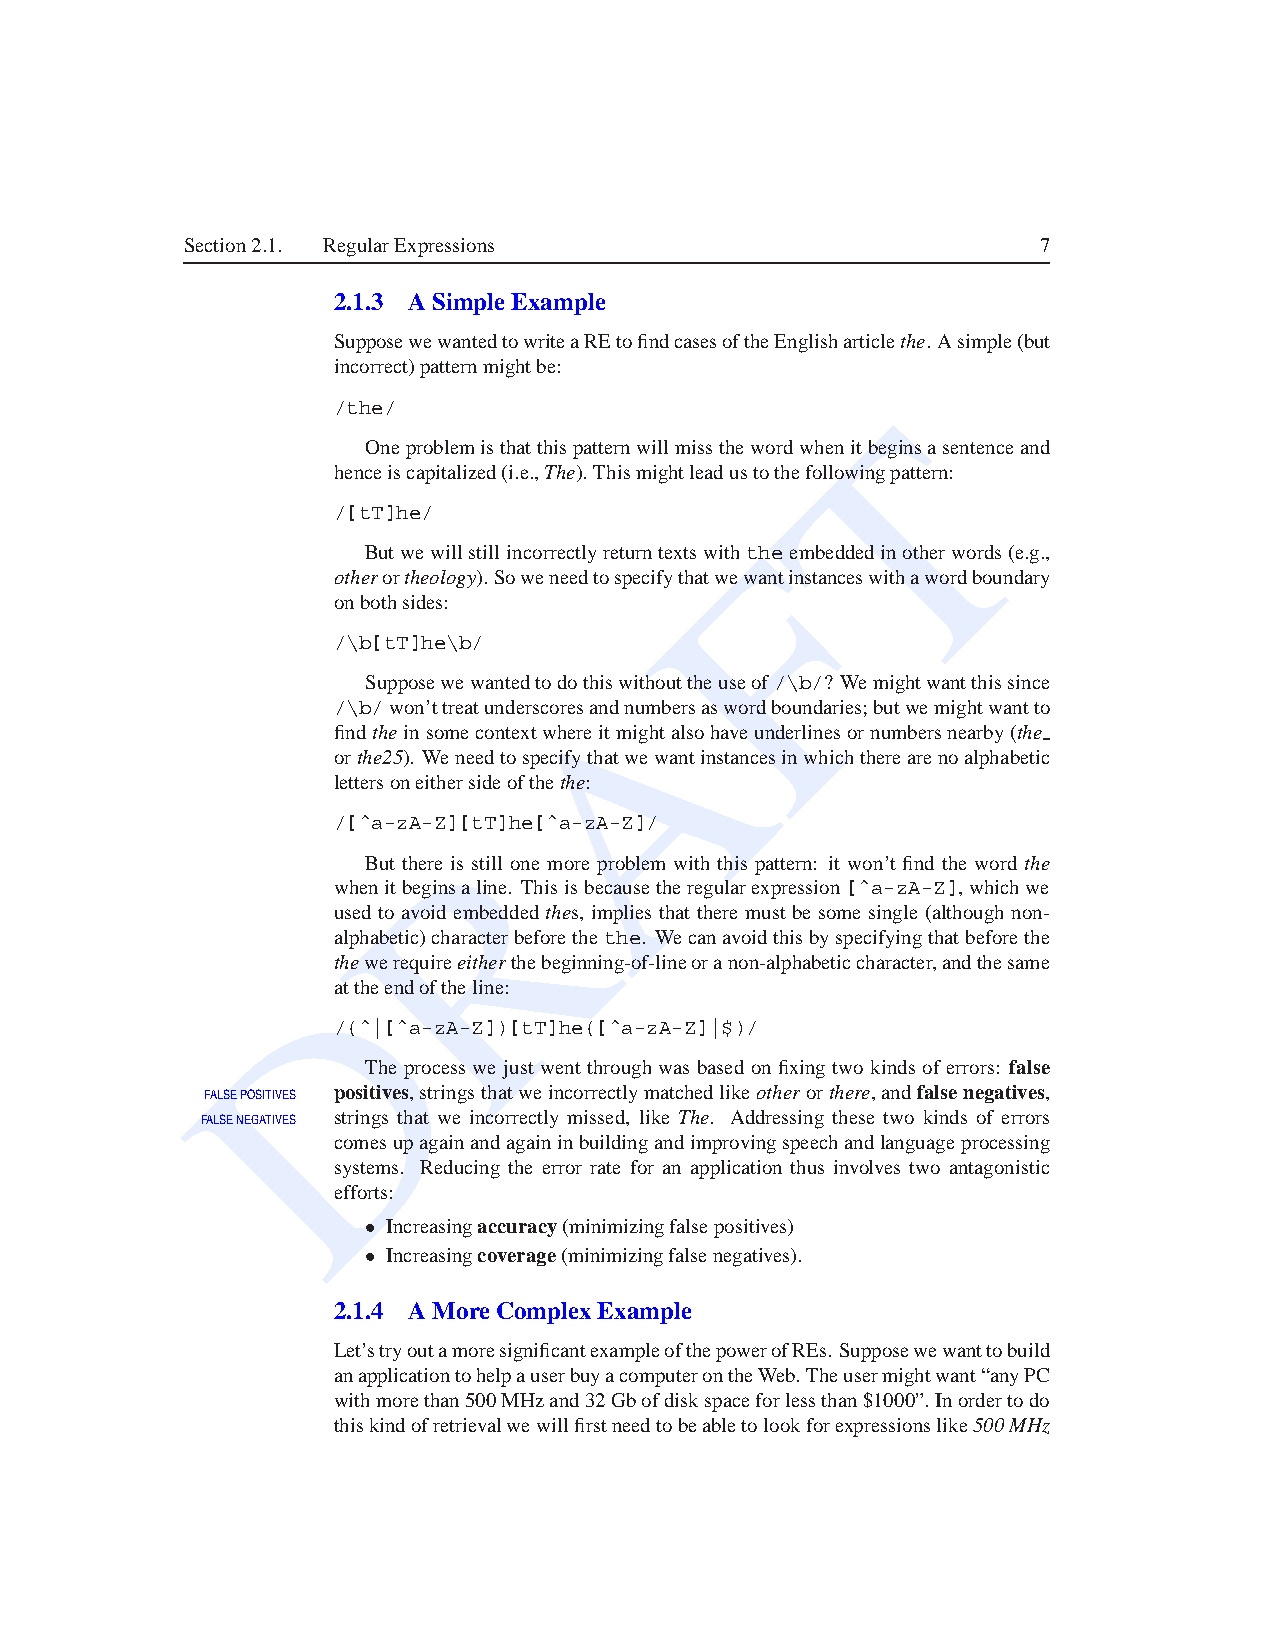
Section2.1. RegularExpressions                           7
 2.1.3 A SimpleExample
 SupposewewantedtowriteaREtofindcasesoftheEnglisharticlethe.Asimple(but
 incorrect)patternmightbe:
 /the/                               T
 Oneproblemisthatthispatternwillmissthewordwhenitbeginsasentenceand
 henceiscapitalized(i.e.,The).Thismightleadustothefollowingpattern:
 /[tT]he/
 F
 Butwewillstillincorrectlyreturntextswiththeembeddedinotherwords(e.g.,
 otherortheology).Soweneedtospecifythatwewantinstanceswithawordboundary
 onbothsides:
 /\b[tT]he\b/
 A
 Supposewewantedtodothiswithouttheuseof/\b/? Wemightwantthissince
 /\b/won’ttreatunderscoresandnumbersaswordboundaries;butwemightwantto
 findtheinsomecontextwhereitmightalsohaveunderlinesornumbersnearby(the
 orthe25). Weneedtospecifythatwewantinstancesinwhichtherearenoalphabetic
 lettersoneithersideofthethe:
 /[ˆa-zA-Z]R[tT]he[ˆa-zA-Z]/
 But there is still one more problem with this pattern: it won’t find the word the
 whenitbeginsaline. Thisisbecausetheregularexpression[ˆa-zA-Z],whichwe
 used to avoid embeddedthes, implies that there must be some single (althoughnon-
 alphabetic)characterbeforethethe. Wecanavoidthisbyspecifyingthatbeforethe
 Dthewerequireeitherthebeginning-of-lineoranon-alphabeticcharacter,andthesame
 attheendoftheline:
 /(ˆ|[ˆa-zA-Z])[tT]he([ˆa-zA-Z]|$)/
 The processwe just went throughwas based on fixing two kinds of errors: false
 FALSEPOSITIVES positives,stringsthatweincorrectlymatchedlikeotherorthere,andfalsenegatives,
 FALSENEGATIVES strings that we incorrectly missed, like The. Addressing these two kinds of errors
 comesupagainandagaininbuildingandimprovingspeechandlanguageprocessing
 systems. Reducing the error rate for an application thus involves two antagonistic
 efforts:
 • Increasingaccuracy(minimizingfalsepositives)
 • Increasingcoverage(minimizingfalsenegatives).
 2.1.4 A MoreComplex Example
 Let’stryoutamoresignificantexampleofthepowerofREs. Supposewewanttobuild
 anapplicationtohelpauserbuyacomputerontheWeb. Theusermightwant“anyPC
 withmorethan500MHzand32Gbofdiskspaceforlessthan$1000”.Inordertodo
 thiskindofretrievalwewillfirstneedtobeabletolookforexpressionslike500MHz